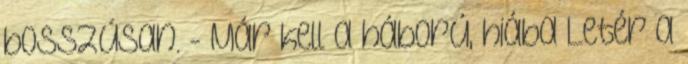
bosszúsan. - Már kell a háború, hiába Letér a